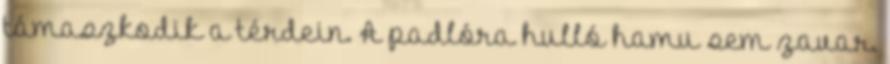
támaszkodik a térdein. A padlóra hulló hamu sem zavar.